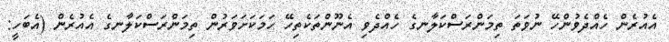
އެއުރެން ހެއްދެވުންހޭ ނުވަތަ ތިމަންރަސްކަލާނގެ ހެއްދެވި އެނޫންތަކެތިހޭ ހަމަކަށަވަރުން ތިމަންރަސްކަލާނގެ އެއުރެން (އެބަހީ: